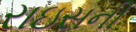
રાઇસની